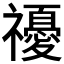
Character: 𥜚